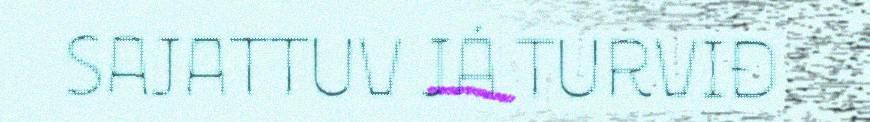
SAJATTUV JÁ TURVIĐ